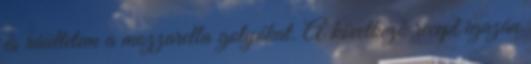
és ráültetem a mozzarella golyókat. A következő recept igazán